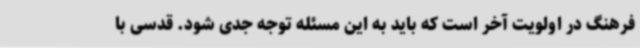
فرهنگ در اولویت آخر است که باید به این مسئله توجه جدی شود. قدسی با